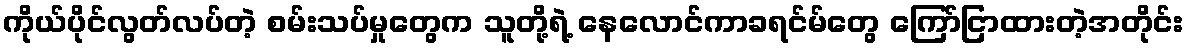
ကိုယ်ပိုင်လွတ်လပ်တဲ့ စမ်းသပ်မှုတွေက သူတို့ရဲ့ နေလောင်ကာခရင်မ်တွေ ကြော်ငြာထားတဲ့အတိုင်း